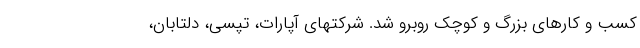
کسب و کارهای بزرگ و کوچک روبرو شد. شرکتهای آپارات، تپسی، دلتابان،